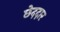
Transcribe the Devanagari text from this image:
छेददार